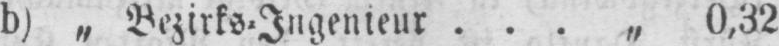
b) „ Bezirks⸗Ingenieur ... „ 0,32